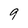
Character: 9